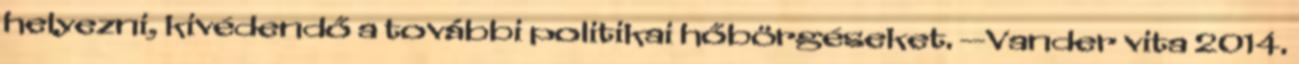
helyezni, kivédendő a további politikai hőbörgéseket. --Vander vita 2014.